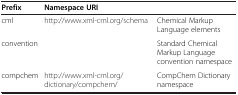
<table><thead><tr><td><b>Prefix</b></td><td><b>Namespace URI</b></td><td>[EMPTY_CELL]</td></tr></thead><tbody><tr><td>cml</td><td>http://www.xml-cml.org/schema</td><td>Chemical Markup Language elements</td></tr><tr><td>convention</td><td>[EMPTY_CELL]</td><td>Standard Chemical Markup Language convention namespace</td></tr><tr><td>compchem</td><td>http://www.xml-cml.org/dictionary/compchem/</td><td>CompChem Dictionary namespace</td></tr></tbody></table>